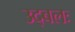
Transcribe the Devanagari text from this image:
उद्बलः